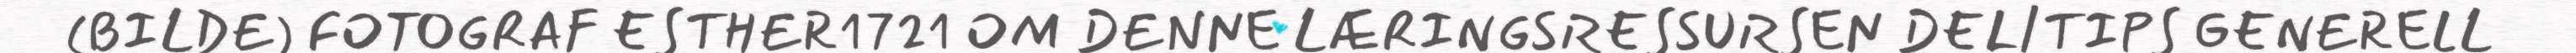
(BILDE) FOTOGRAF ESTHER1721 OM DENNE LÆRINGSRESSURSEN DEL/TIPS GENERELL